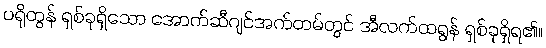
ပရိုတွန် ရှစ်ခုရှိသော အောက်ဆီဂျင်အက်တမ်တွင် အီလက်ထရွန် ရှစ်ခုရှိရ၏။